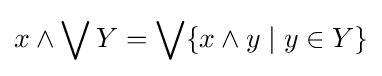
x\wedge \bigvee Y=\bigvee \{x\wedge y\mid y\in Y\}